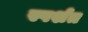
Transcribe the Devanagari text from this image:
स्पर्शत